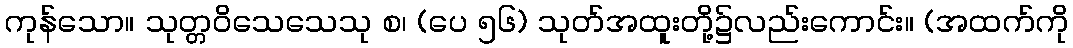
ကုန်သော။ သုတ္တဝိသေသေသု စ၊ (ပေ ၅၆) သုတ်အထူးတို့၌လည်းကောင်း။ (အထက်ကို